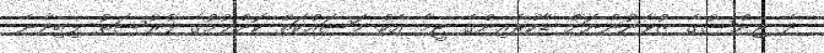
ދެ ޖިންސުގެ ޒުވާނުންނަށް ޑާކްރެއިންގެ ޓީމާ އެކު މަސައްކަތް ކޮށްލުމުގެ ފުރުސަތު ލިބިދާނެ